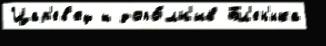
Цар'ев'ец ш допо́лн'ив Бл'ен'ика